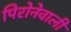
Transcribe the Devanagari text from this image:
पिरोनेवाली